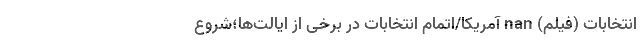
انتخابات (فیلم) nan آمریکا/اتمام انتخابات در برخی از ایالت‌ها؛شروع